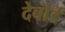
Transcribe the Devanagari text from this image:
देबोर्ड